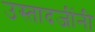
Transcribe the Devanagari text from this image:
उस्तादजींनी